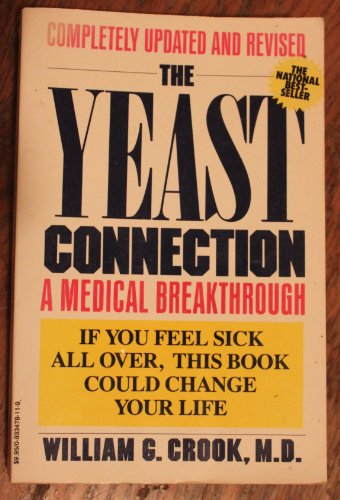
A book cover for Yeast Connection; William G. Crook; Health, Fitness & Dieting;